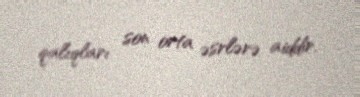
qalıqları son orta əsrlərə aiddir.